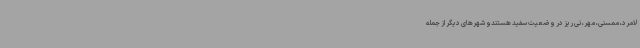
لامرد، ممسنی، مهر، نی ریز در وضعیت سفید هستندو شهرهای دیگر از جمله